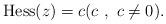
LaTeX: \begin{gather*}\mathrm{Hess}(z) = c (c \ , \ c\not=0).\end{gather*}